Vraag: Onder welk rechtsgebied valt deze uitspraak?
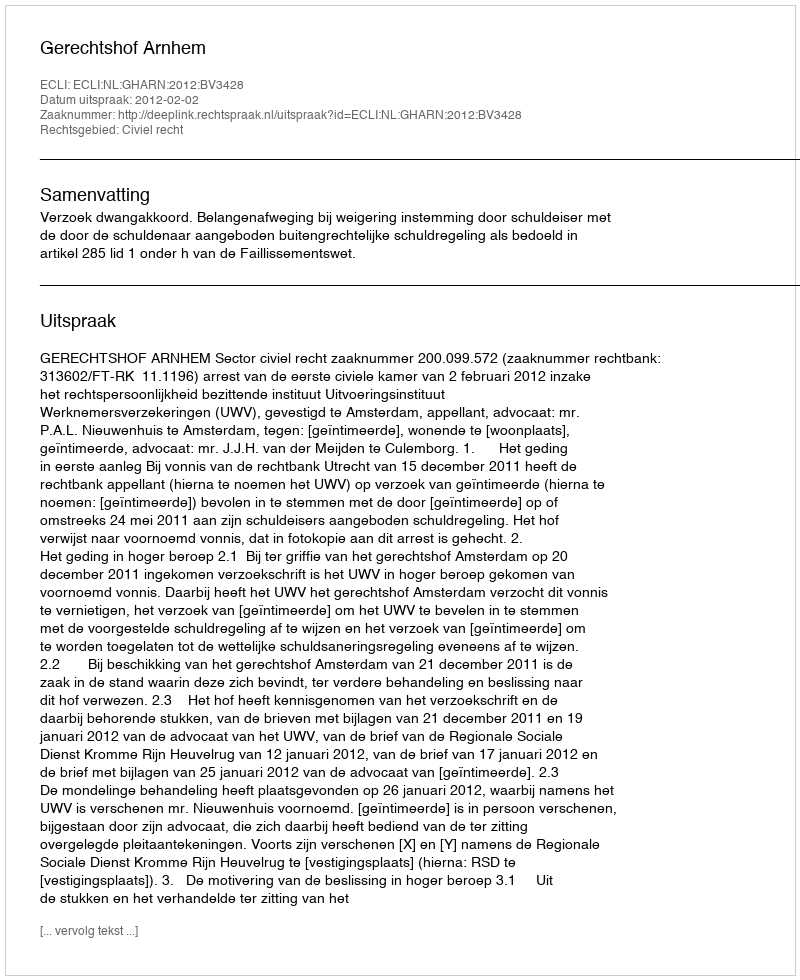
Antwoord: Civiel recht